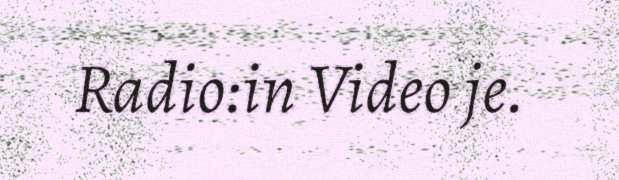
Radio:in Video je.